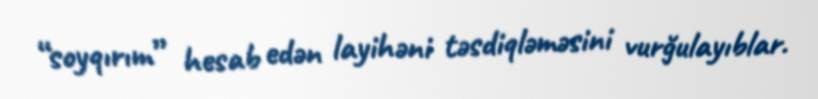
“soyqırım” hesab edən layihəni təsdiqləməsini vurğulayıblar.